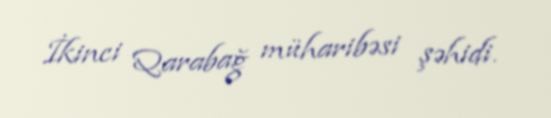
İkinci Qarabağ müharibəsi şəhidi.